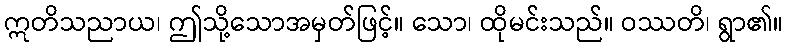
ဣတိသညာယ၊ ဤသို့သောအမှတ်ဖြင့်။ သော၊ ထိုမင်းသည်။ ဝဿတိ၊ ရွာ၏။